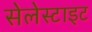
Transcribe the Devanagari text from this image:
सेलेस्टाइट